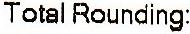
TOTAL ROUNDING: